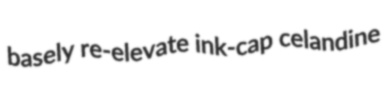
basely re-elevate ink-cap celandine